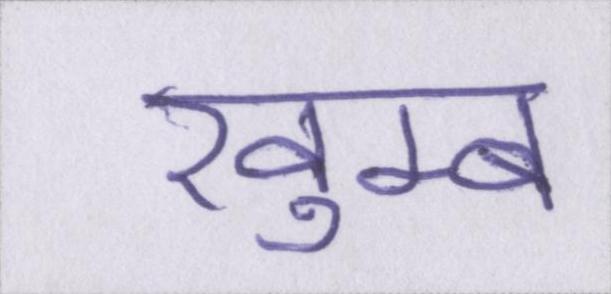
खुम्ब